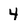
Character: 4